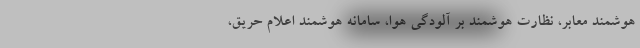
هوشمند معابر، نظارت هوشمند بر آلودگی هوا، سامانه هوشمند اعلام حریق،